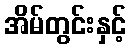
အိမ်တွင်းနှင့်